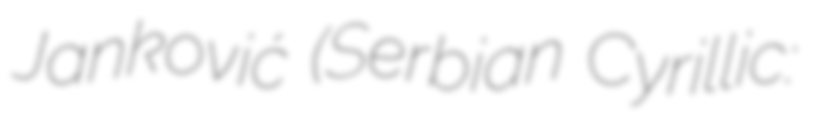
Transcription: Janković (Serbian Cyrillic: Инез